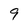
Character: 9